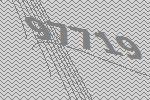
97719